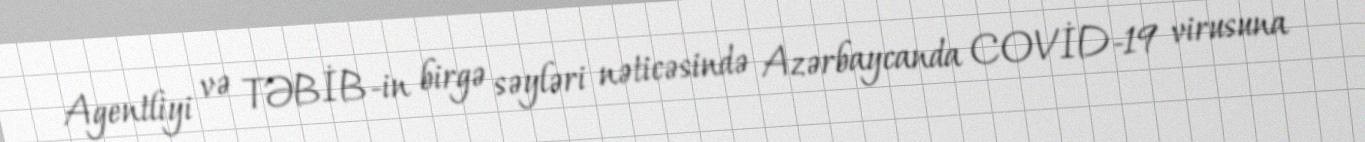
Agentliyi və TƏBİB-in birgə səyləri nəticəsində Azərbaycanda COVİD-19 virusuna